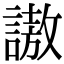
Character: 謸